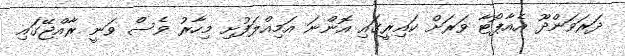
ދަރަވަންދޫ އެއާޕޯޓާ ވަރަށް ކައިރީގައި އޮންނަ އަމިއްލަފުށި މިހާރު ވެސް ވަނީ ރާއްޖޭގައި